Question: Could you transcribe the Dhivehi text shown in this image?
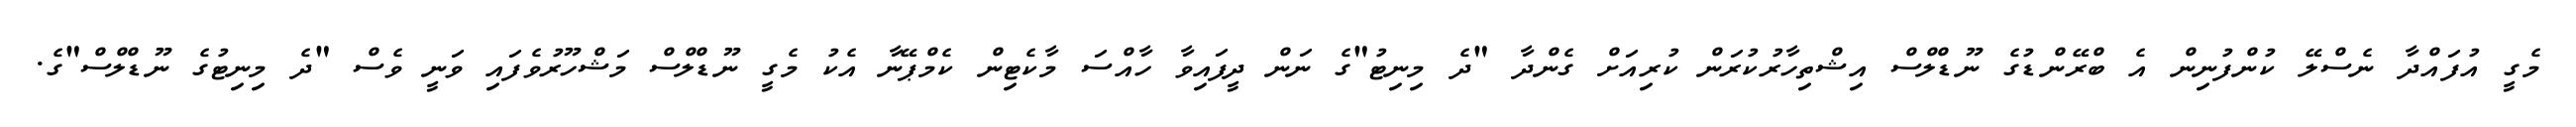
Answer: މެގީ އުފައްދާ ނެސްލޭ ކުންފުނިން އެ ބްރޭންޑުގެ ނޫޑްލްސް އިޝްތިހާރުކުރަން ކުރިއަށް ގެންދާ "ދެ މިނިޓު"ގެ ނަން ދީފައިވާ ހާއްސަ މާކެޓިން ކެމްޕޭނާ އެކު މެގީ ނޫޑްލްސް މަޝްހޫރުވެފައި ވަނީ ވެސް "ދެ މިނިޓުގެ ނޫޑްލްސް"ގެ.